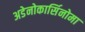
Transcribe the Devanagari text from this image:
अडेनोकार्सिनोमा